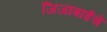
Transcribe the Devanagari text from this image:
जिजाबाईचे